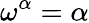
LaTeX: \omega^{\alpha}=\alpha